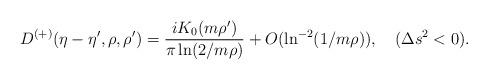
LaTeX: \begin{align*}D^{(+)}(\eta-\eta',\rho,\rho')=\frac{iK_0(m\rho')}{\pi\ln(2/m\rho)}+O(\ln^{-2}(1/m\rho)),\quad (\Delta s^2<0).\end{align*}